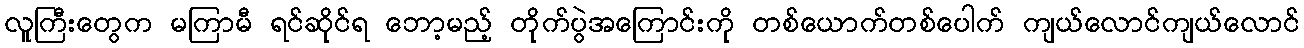
လူကြီးတွေက မကြာမီ ရင်ဆိုင်ရ ဘော့မည့် တိုက်ပွဲအကြောင်းကို တစ်ယောက်တစ်ပေါက် ကျယ်လောင်ကျယ်လောင်